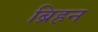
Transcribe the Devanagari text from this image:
ब्रिहन